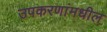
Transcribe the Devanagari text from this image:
उपकरणांमधील